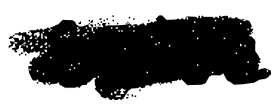
Text: suite
Cross-out: scratch
Writing tool: digital_black